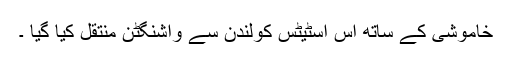
خاموشی کے ساتھ اس اسٹیٹس کولندن سے واشنگٹن منتقل کیا گیا ۔